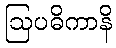
ဩပဓိကာနိ